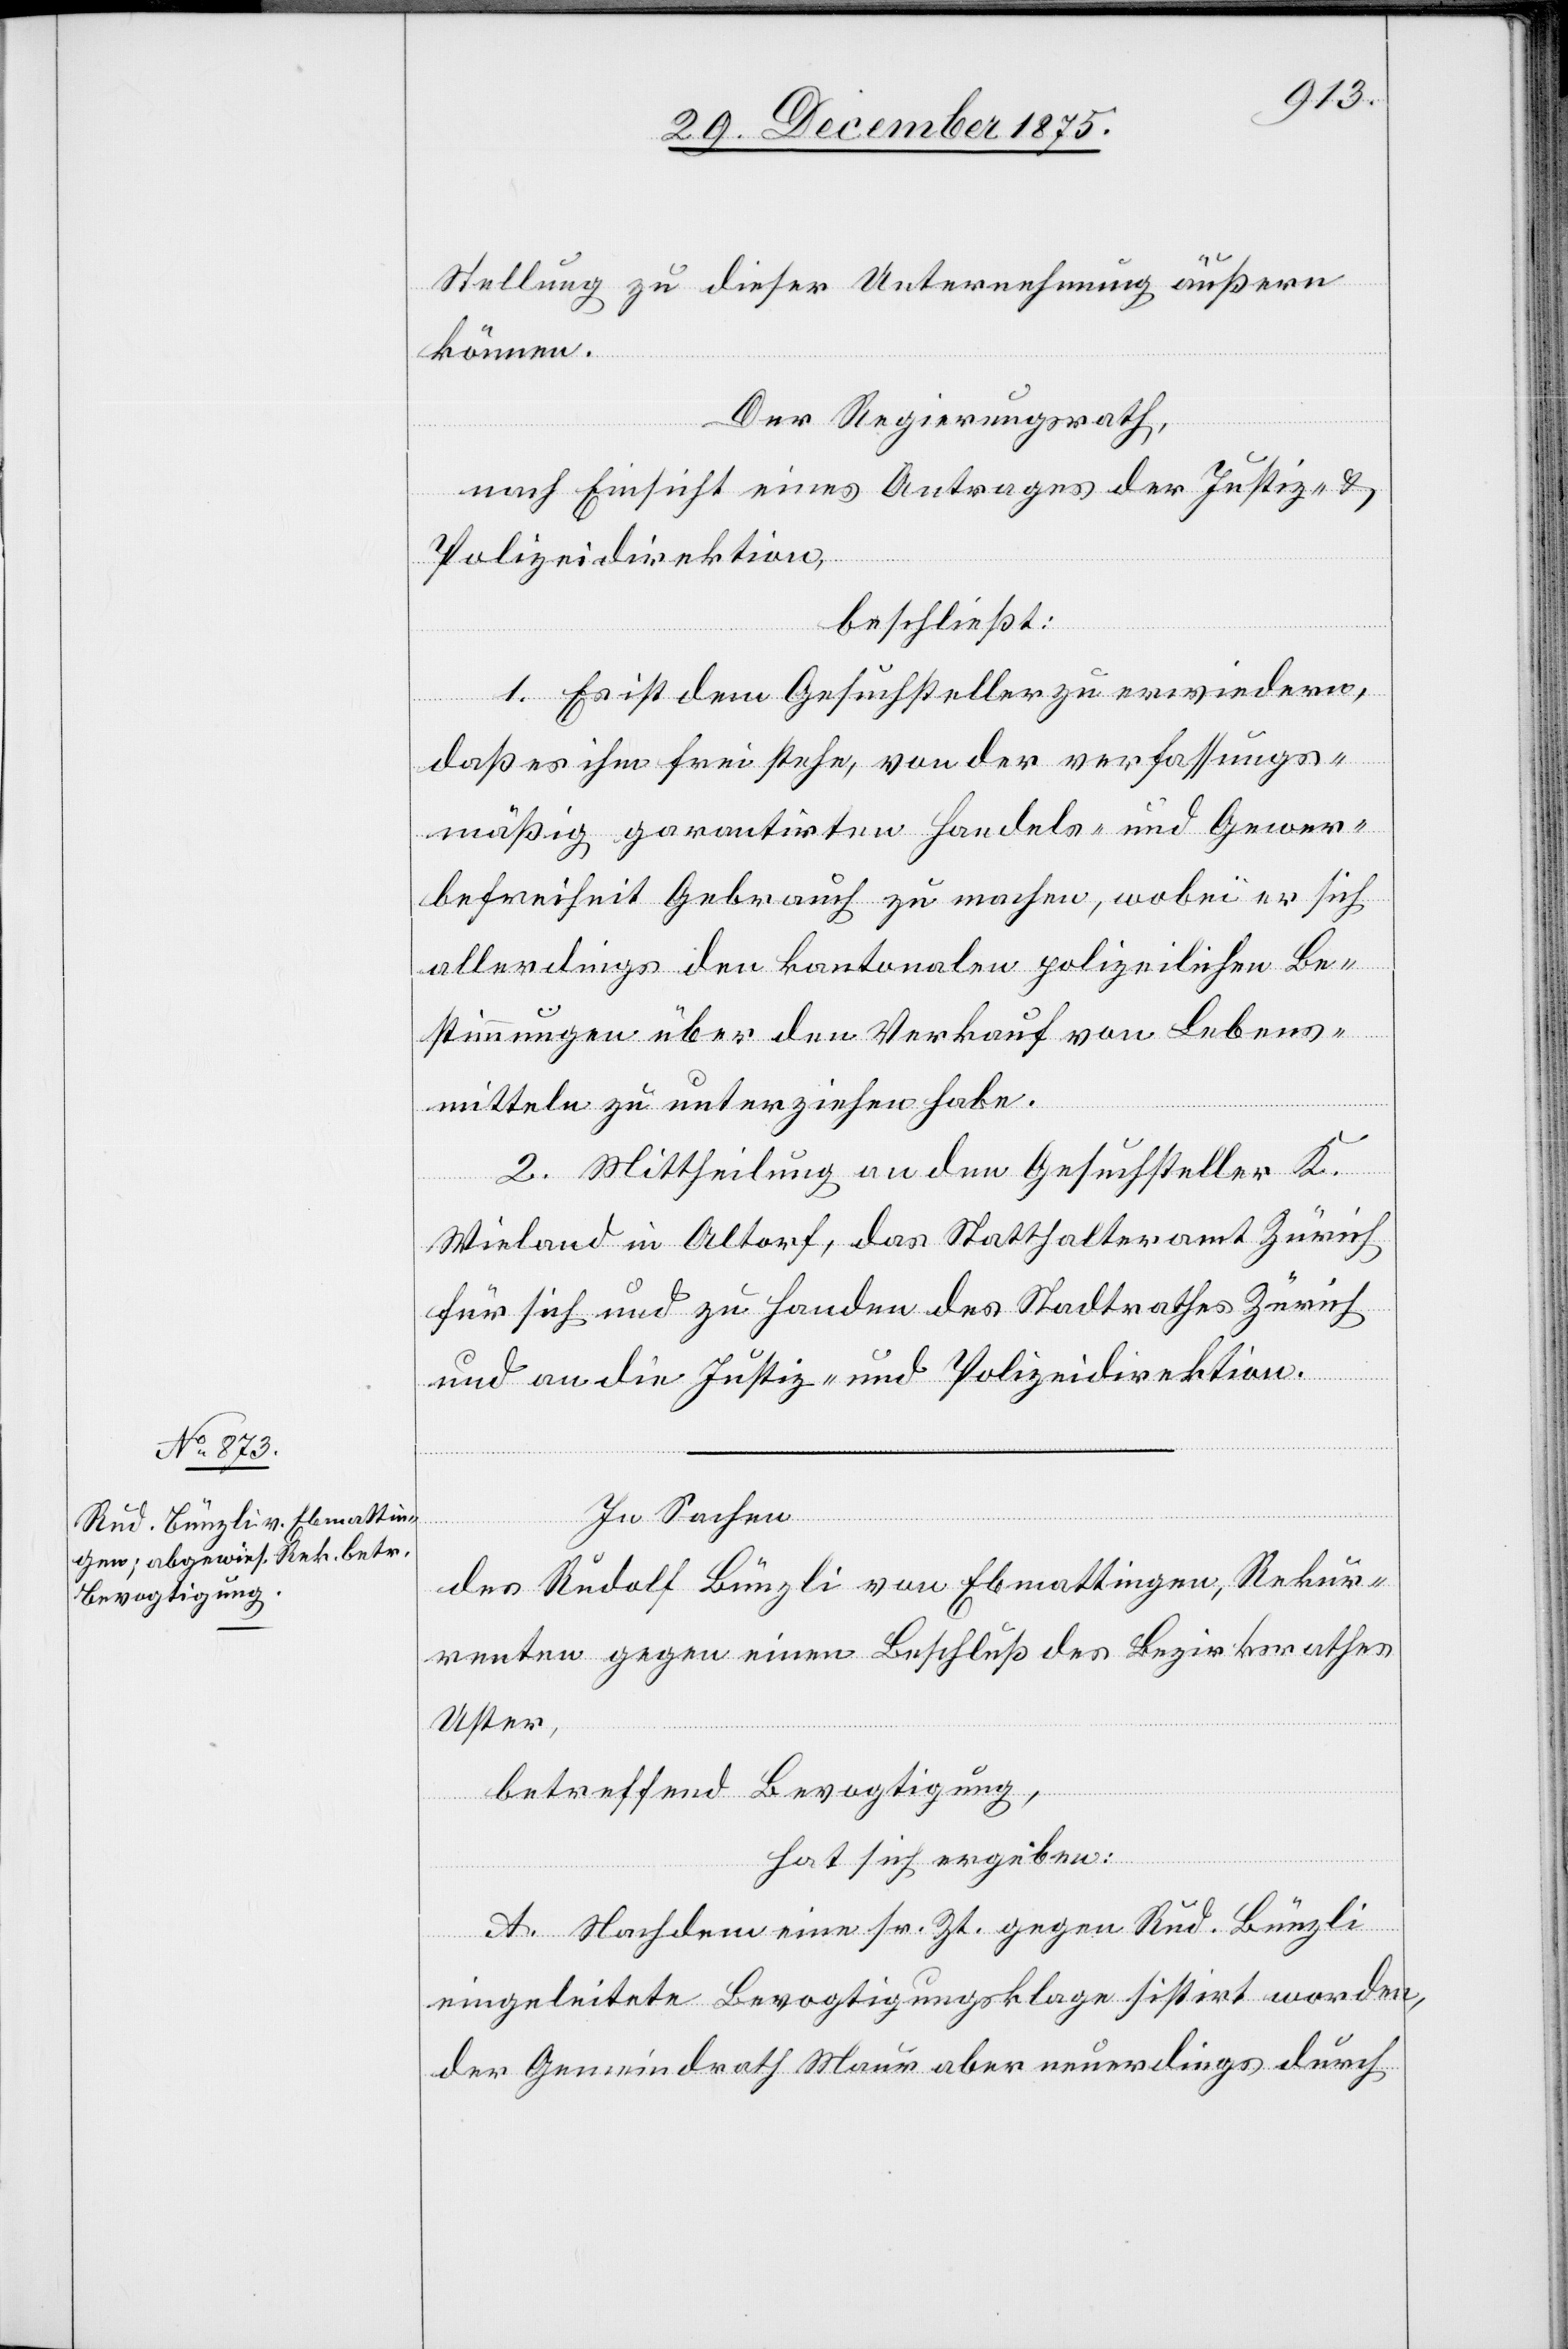
und

Stellung zu dieser Unternehmung äußern
können.
Der Regierungsrath,
nach Einsicht eines Antrages der Justiz-
Polizeidirektion,
beschließt:
1. Es ist dem Gesuchsteller zu erwiedern,
daß es ihm frei stehe, von der verfassungs¬
mäßig garantirten Handels- und Gewer¬
befreiheit Gebrauch zu machen, wobei er sich
allerdings den kantonalen polizeilichen Be¬
stimmungen über den Verkauf von Lebens¬
mitteln zu unterziehen habe.
2. Mittheilung an den Gesuchsteller K.
Wieland in Altdorf, das Statthalteramt Zürich
für sich und zu Handen des Stadtrathes Zürich
und an die Justiz- und Polizeidirektion.
In Sachen
des Rudolf Bünzli von Ebmattingen, Rekur¬
renten gegen einen Beschluß des Bezirksrathes
Uster,
betreffend Bevogtigung,
hat sich ergeben:
A. Nachdem eine sr. Zt. gegen Rud. Bünzli
eingeleitete Bevogtigungsklage sistirt worden,
der Gemeindrath Maur aber neuerdings durch